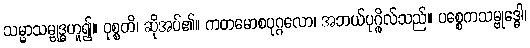
သမ္မာသမ္ဗုဒ္ဓဟူ၍။ ဝုစ္စတိ၊ ဆိုအပ်၏။ ကတမောစပုဂ္ဂလော၊ အဘယ်ပုဂ္ဂိုလ်သည်။ ပစ္စေကသမ္ဗုဒ္ဓေါ၊